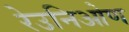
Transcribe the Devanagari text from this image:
रेउनिओण